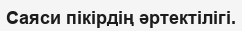
Саяси пікірдің әртектілігі.